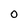
Character: O